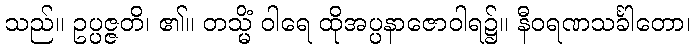
သည်။ ဥပ္ပဇ္ဇတိ၊ ၏။ တသ္မိံ ဝါရေ ထိုအပ္ပနာဇောဝါရ၌။ နီဝရဏသင်္ခါတော၊